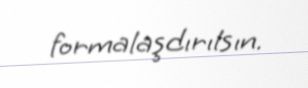
formalaşdırılsın.